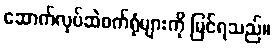
ဆောက်လုပ်ဆဲစက်ရုံများကို မြင်ရသည်။